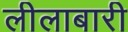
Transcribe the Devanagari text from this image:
लीलाबारी